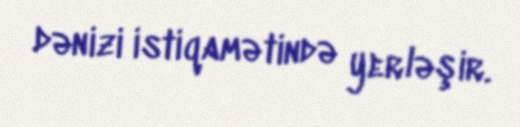
dənizi istiqamətində yerləşir.